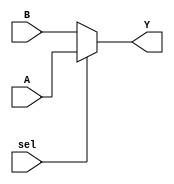
module conditional_assignment (
    input wire sel,      // Control signal
    input wire [7:0] A,  // Input signal A (8 bits)
    input wire [7:0] B,  // Input signal B (8 bits)
    output wire [7:0] Y   // Output signal Y (8 bits)
);

// Continuous assignment using the ternary operator
assign Y = (sel) ? A : B;

endmodule